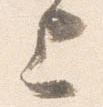
上